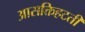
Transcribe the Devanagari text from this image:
आसक्तिहटती